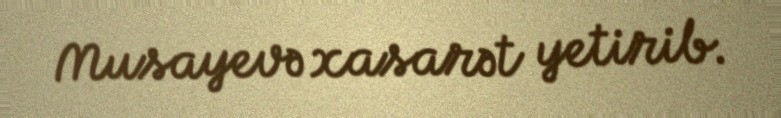
Musayevə xasarət yetirib.